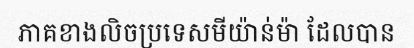
ភាគខាងលិចប្រទេសមីយ៉ាន់ម៉ា ដែលបាន